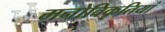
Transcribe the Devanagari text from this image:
मनोविकृतियां